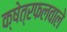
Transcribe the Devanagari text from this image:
क्षेत्रफलवाले